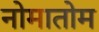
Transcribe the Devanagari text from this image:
नोमातोम